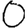
Digit: 0